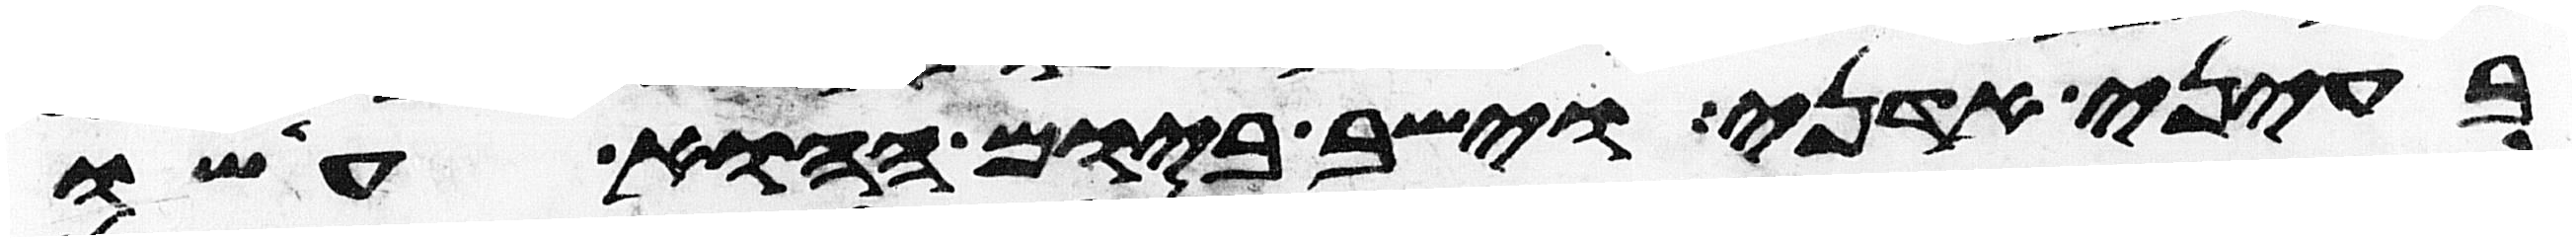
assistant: בעיני אדני וישב ביום ההוא עשו